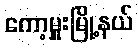
ကော့မှူးမြို့နယ်